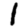
Digit: 1